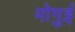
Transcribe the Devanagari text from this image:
मोगुई